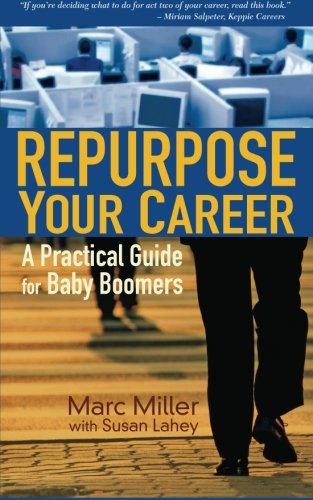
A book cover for Repurpose Your Career: A Practical Guide for Baby Boomers; Marc Miller; Business & Money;